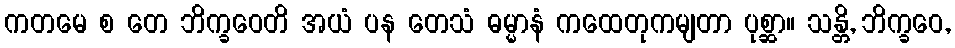
ကတမေ စ တေ ဘိက္ခဝေတိ အယံ ပန တေသံ ဓမ္မာနံ ကထေတုကမျတာ ပုစ္ဆာ။ သန္တိ, ဘိက္ခဝေ,